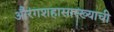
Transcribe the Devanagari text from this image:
औरंगशहासारख्याची